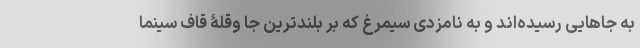
به جاهایی رسیده‌اند و به نامزدی سیمرغ که بر بلندترین جا وقلۀ قاف سینما